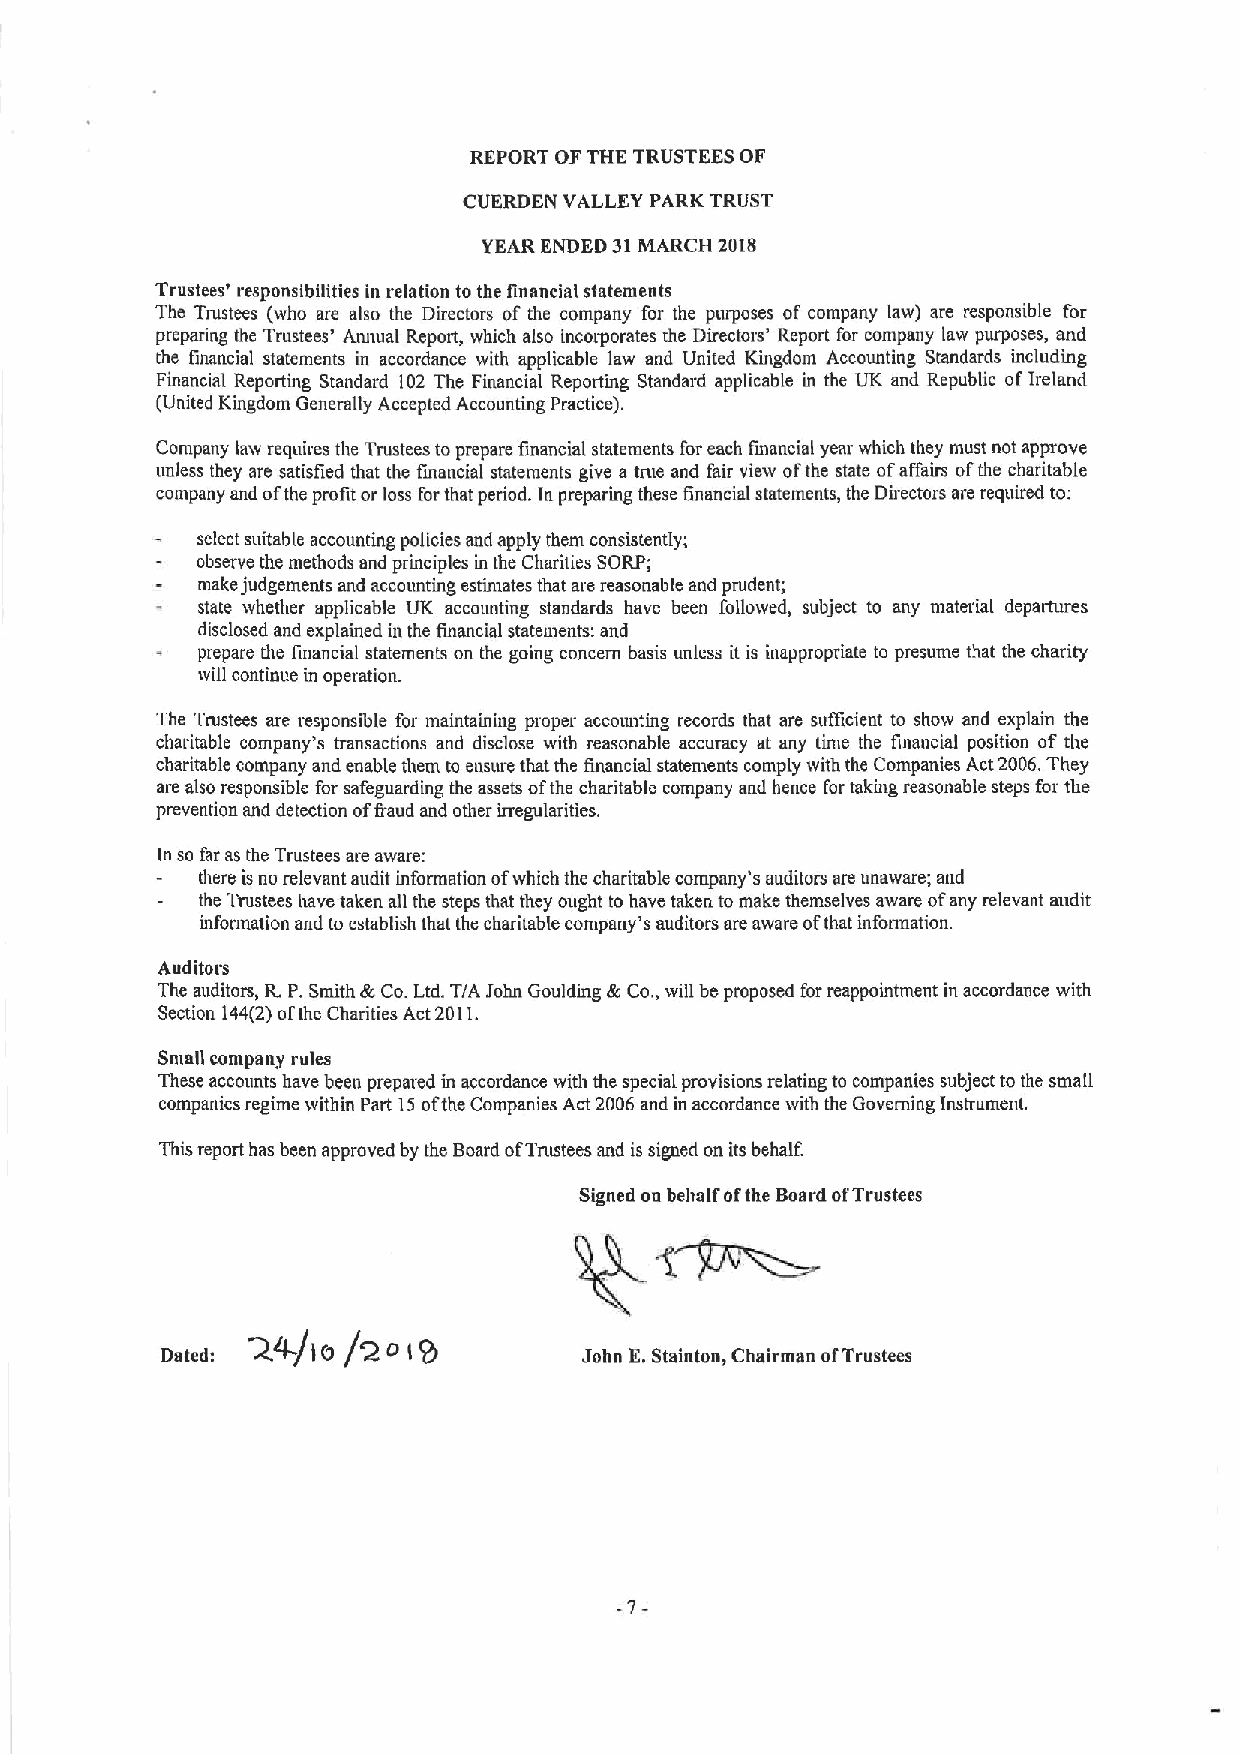
REPORT OFTHE TRUSTEES OF
 CUERDEN VALLEY PARK TRUST
 YEAR ENDED 31MARCH 2018
 Trustees' responsibilities in relation tothe linancial statements
 The Trustees (who are also the Directors of the company for the purposes of company law) are responsible for
 preparing the Trustees' Aruiual Report, which also incorporates the Directors' Report for company law purposes, and
 the financial statements in accordance with applicable law and United Kingdom Accounting Standards including
 Financial Reporting Standard 102 The Financial Reporting Standard applicable in the UK and Republic ofIreland
 (United Kingdom Generally Accepted Accounting Practice).
 Company law requires the Tmstees toprepare financial statements for each financial year which they must not approve
 unless they are satisfied that the financial statements give a tnie and fair view ofthe state ofaffairs ofthe charitable
 company and ofthe profit or loss forthat period. In preparing these financial statements, the Directors are required to:
 select suitable accounting policies and apply them consistently;
 observe the methods and principles in the Charities SORP;
 make judgeinents and accounting estimates that are reasonable and prudent;
 state whether applicable UK accounting standards have been followed, subject to any material departures
 disclosed and explained in the financial statements: and
 prepare the financial statements on the going concern basis unless it is inappropriate to presume that the charity
 will continue in operation.
 The Trustees are responsible for maintaining proper accounting records that are sufficient to show and explain the
 charitable company's transactions and disclose with reasonable accuracy at any time the financial position of the
 charitable company and enable them to ensure that the financial statements comply with the Companies Act2006.They
 are also responsible for safeguarding the assets ofthe charitable company and hence for taking reasonable steps for the
 prevention and detection offiaud and other irregularities.
 In so far as the Trustees are aware:
 there isno relevant audit information ofwhich the charitable company's auditors are unaware; and
 the Trustees have taken all the steps that they ought to have taken to make themselves aware ofany relevant audit
 information and to establish that the charitable company's auditors are aware ofthat information.
 Auditors
 The auditors, R.P.Smith &Co.Ltd. T/A John Goulding &Co.,will be proposed for reappointment in accordance with
 Section 144(2)ofthe Charities Act2011.
 Small company rules
 These accounts have been prepared in accordance with the special provisions relating to companies subject to the small
 companies regime within Part 15ofthe Companies Act 2006 and in accordance with the Governing Instrument.
 This report has been approved by the Board ofTrttstees and is signed on its behalf.
 Signed on belialf ofthe Board ofTrustees
 Dated: R4-/I O /2 D ( 9     John E.Stainton, Chairman ofTrustees